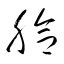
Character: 臉